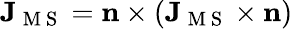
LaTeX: \mathbf{J}_{\mathrm{~M~S~}}=\mathbf{n}\times(\mathbf{J}_{\mathrm{~M~S~}}\times\mathbf{n})